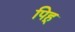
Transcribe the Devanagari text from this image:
पिहू